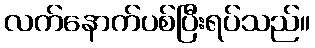
လက်နောက်ပစ်ပြီးရပ်သည်။